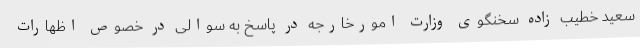
سعید خطیب زاده سخنگوی وزارت امورخارجه در پاسخ به سوالی در خصوص اظهارات